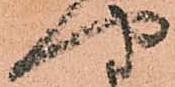
や